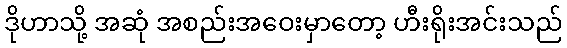
ဒိုဟာသို့ အဆုံ အစည်းအဝေးမှာတော့ ဟီးရိုးအင်းသည်